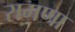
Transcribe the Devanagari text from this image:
रामणा